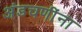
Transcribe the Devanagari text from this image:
अंडचणींना